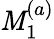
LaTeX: \mathit{M}_{1}^{(a)}